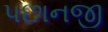
પછાનજી